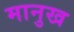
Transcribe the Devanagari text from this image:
मानुख